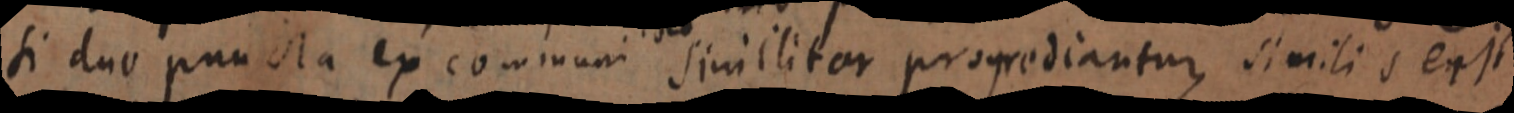
si duo puncta ex communi similiter progrediantur similis ea it